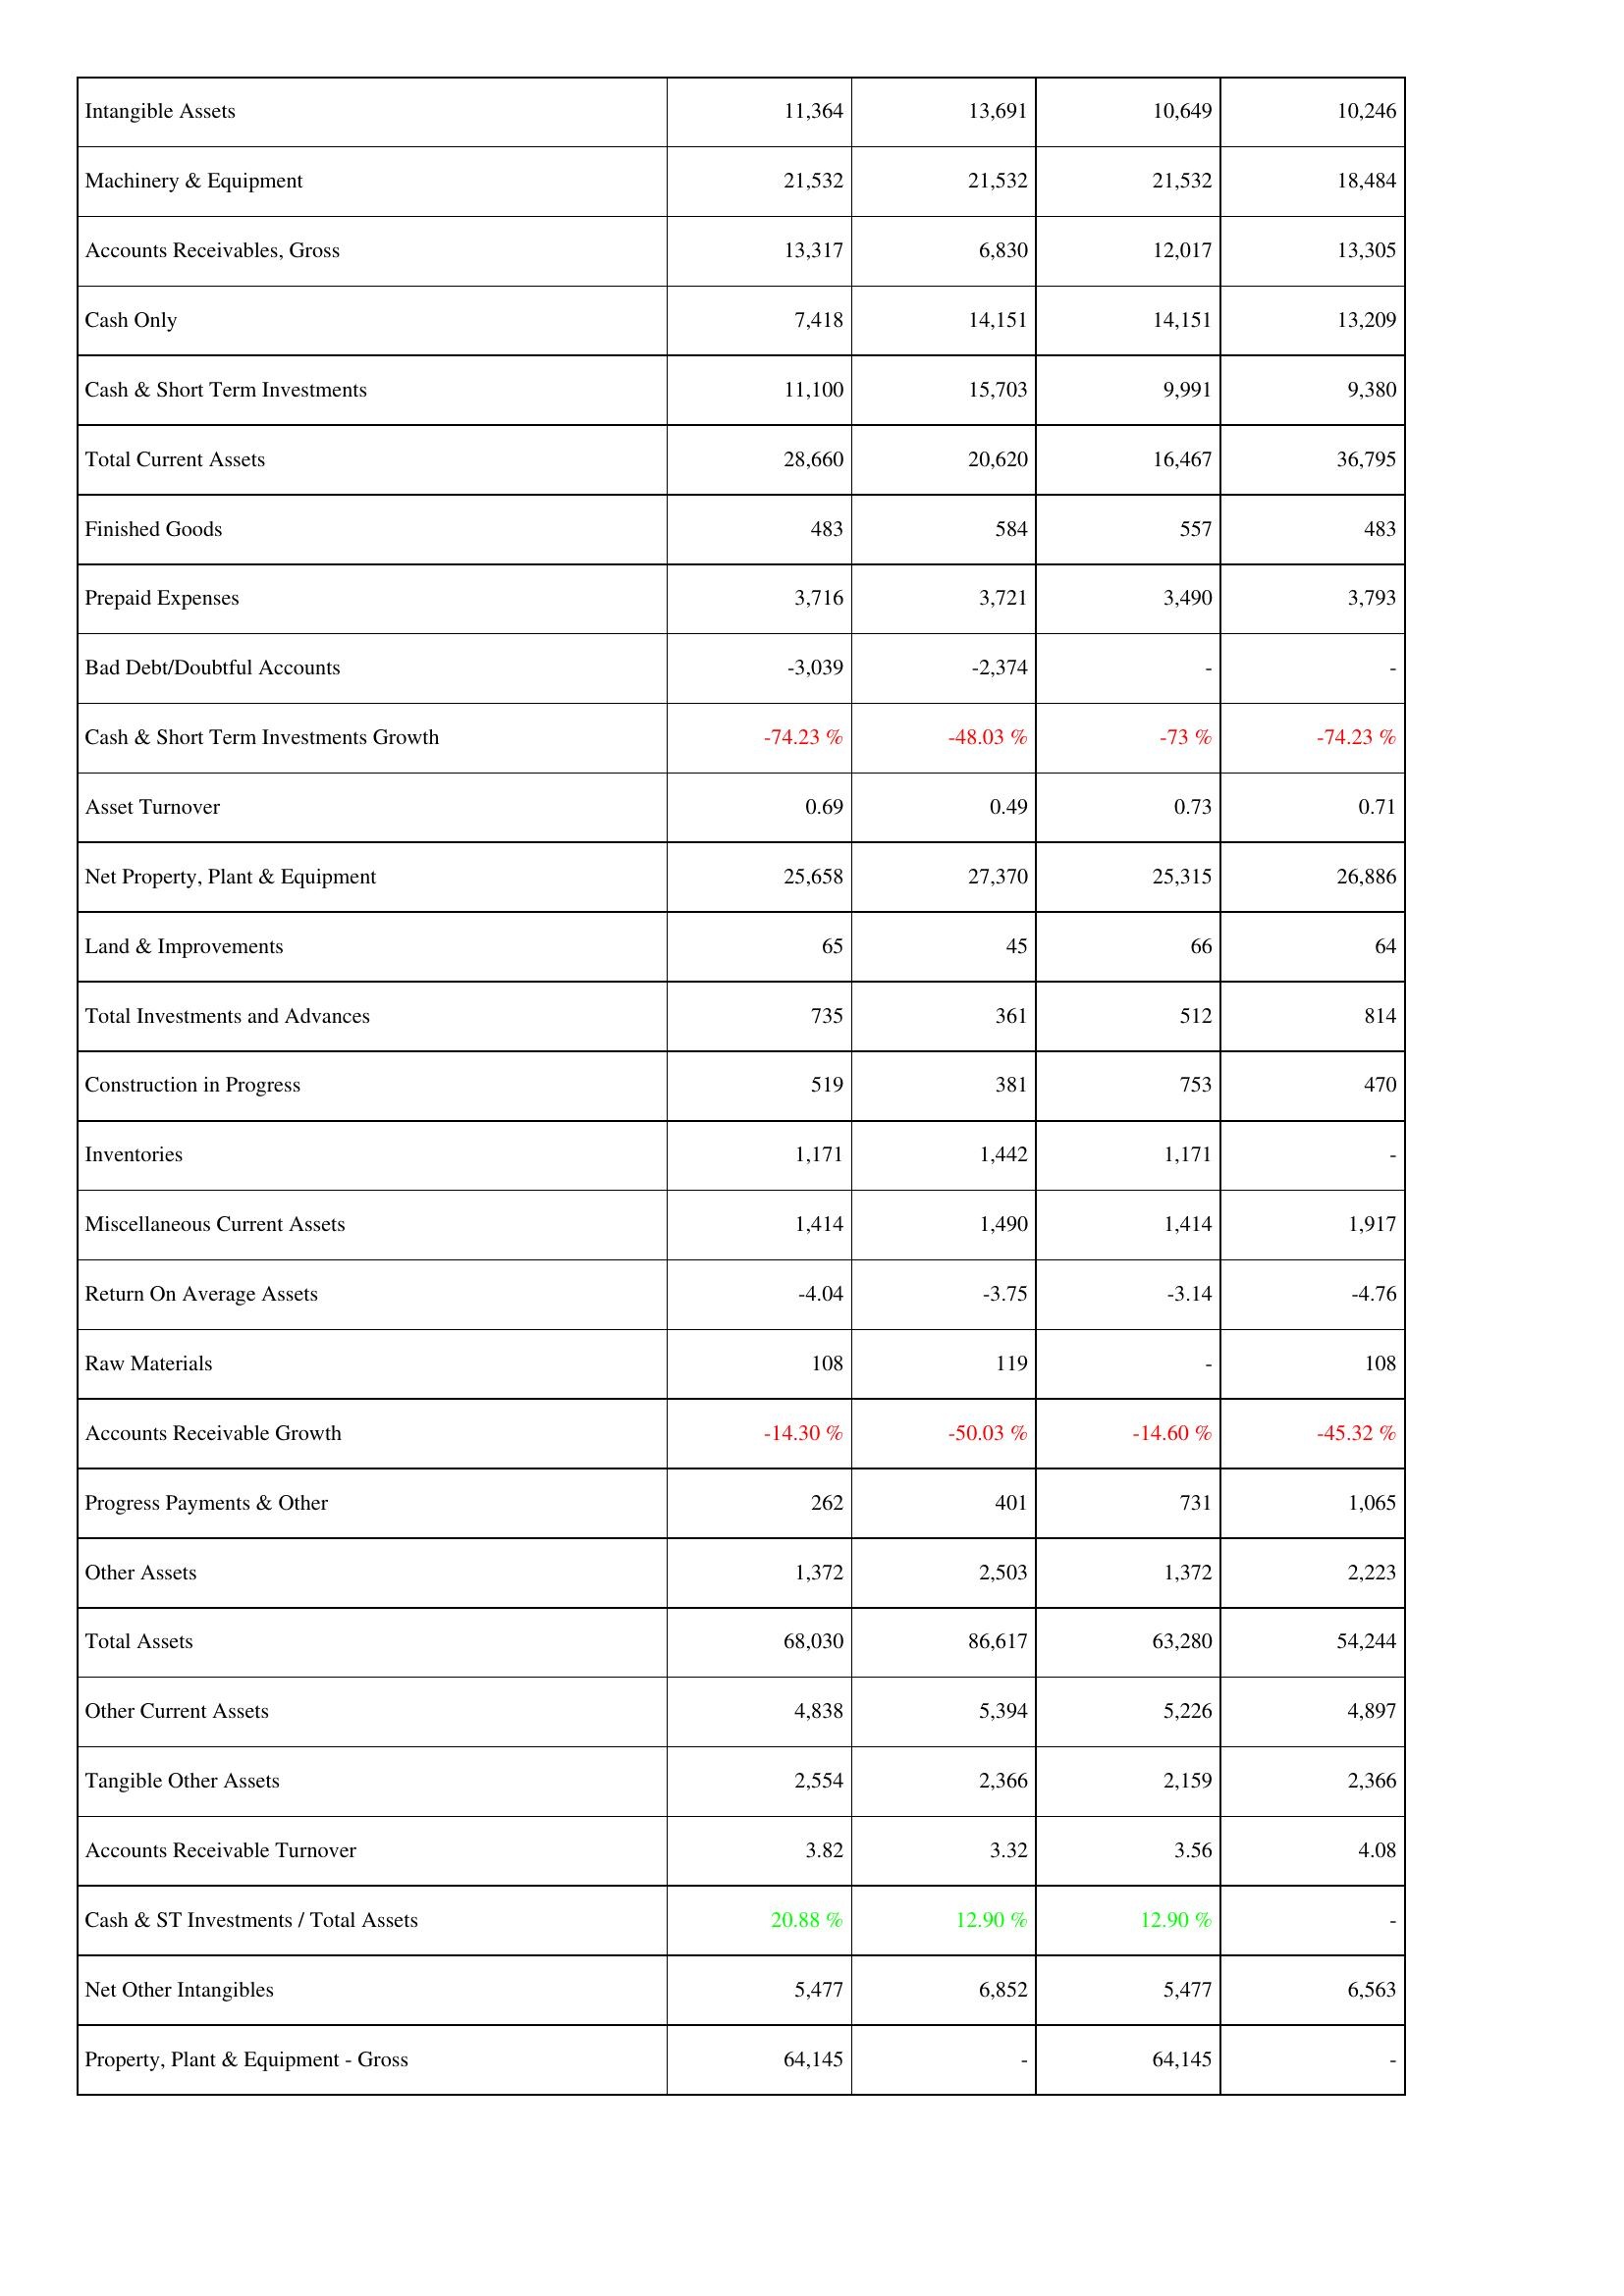
2015: Assets: Intangible Assets: 11,364
Machinery & Equipment: 21,532
Accounts Receivables, Gross: 13,317
Cash Only: 7,418
Cash & Short Term Investments: 11,100
Total Current Assets: 28,660
Finished Goods: 483
Prepaid Expenses: 3,716
Bad Debt/Doubtful Accounts: -3,039
Cash & Short Term Investments Growth: -74.23 %
Asset Turnover: 0.69
Net Property, Plant & Equipment: 25,658
Land & Improvements: 65
Total Investments and Advances: 735
Construction in Progress: 519
Inventories: 1,171
Miscellaneous Current Assets: 1,414
Return On Average Assets: -4.04
Raw Materials: 108
Accounts Receivable Growth: -14.30 %
Progress Payments & Other: 262
Other Assets: 1,372
Total Assets: 68,030
Other Current Assets: 4,838
Tangible Other Assets: 2,554
Accounts Receivable Turnover: 3.82
Cash & ST Investments / Total Assets: 20.88 %
Net Other Intangibles: 5,477
Property, Plant & Equipment - Gross: 64,145
2016: Assets: Intangible Assets: 13,691
Machinery & Equipment: 21,532
Accounts Receivables, Gross: 6,830
Cash Only: 14,151
Cash & Short Term Investments: 15,703
Total Current Assets: 20,620
Finished Goods: 584
Prepaid Expenses: 3,721
Bad Debt/Doubtful Accounts: -2,374
Cash & Short Term Investments Growth: -48.03 %
Asset Turnover: 0.49
Net Property, Plant & Equipment: 27,370
Land & Improvements: 45
Total Investments and Advances: 361
Construction in Progress: 381
Inventories: 1,442
Miscellaneous Current Assets: 1,490
Return On Average Assets: -3.75
Raw Materials: 119
Accounts Receivable Growth: -50.03 %
Progress Payments & Other: 401
Other Assets: 2,503
Total Assets: 86,617
Other Current Assets: 5,394
Tangible Other Assets: 2,366
Accounts Receivable Turnover: 3.32
Cash & ST Investments / Total Assets: 12.90 %
Net Other Intangibles: 6,852
Property, Plant & Equipment - Gross: -
2017: Assets: Intangible Assets: 10,649
Machinery & Equipment: 21,532
Accounts Receivables, Gross: 12,017
Cash Only: 14,151
Cash & Short Term Investments: 9,991
Total Current Assets: 16,467
Finished Goods: 557
Prepaid Expenses: 3,490
Bad Debt/Doubtful Accounts: -
Cash & Short Term Investments Growth: -73 %
Asset Turnover: 0.73
Net Property, Plant & Equipment: 25,315
Land & Improvements: 66
Total Investments and Advances: 512
Construction in Progress: 753
Inventories: 1,171
Miscellaneous Current Assets: 1,414
Return On Average Assets: -3.14
Raw Materials: -
Accounts Receivable Growth: -14.60 %
Progress Payments & Other: 731
Other Assets: 1,372
Total Assets: 63,280
Other Current Assets: 5,226
Tangible Other Assets: 2,159
Accounts Receivable Turnover: 3.56
Cash & ST Investments / Total Assets: 12.90 %
Net Other Intangibles: 5,477
Property, Plant & Equipment - Gross: 64,145
2018: Assets: Intangible Assets: 10,246
Machinery & Equipment: 18,484
Accounts Receivables, Gross: 13,305
Cash Only: 13,209
Cash & Short Term Investments: 9,380
Total Current Assets: 36,795
Finished Goods: 483
Prepaid Expenses: 3,793
Bad Debt/Doubtful Accounts: -
Cash & Short Term Investments Growth: -74.23 %
Asset Turnover: 0.71
Net Property, Plant & Equipment: 26,886
Land & Improvements: 64
Total Investments and Advances: 814
Construction in Progress: 470
Inventories: -
Miscellaneous Current Assets: 1,917
Return On Average Assets: -4.76
Raw Materials: 108
Accounts Receivable Growth: -45.32 %
Progress Payments & Other: 1,065
Other Assets: 2,223
Total Assets: 54,244
Other Current Assets: 4,897
Tangible Other Assets: 2,366
Accounts Receivable Turnover: 4.08
Cash & ST Investments / Total Assets: -
Net Other Intangibles: 6,563
Property, Plant & Equipment - Gross: -